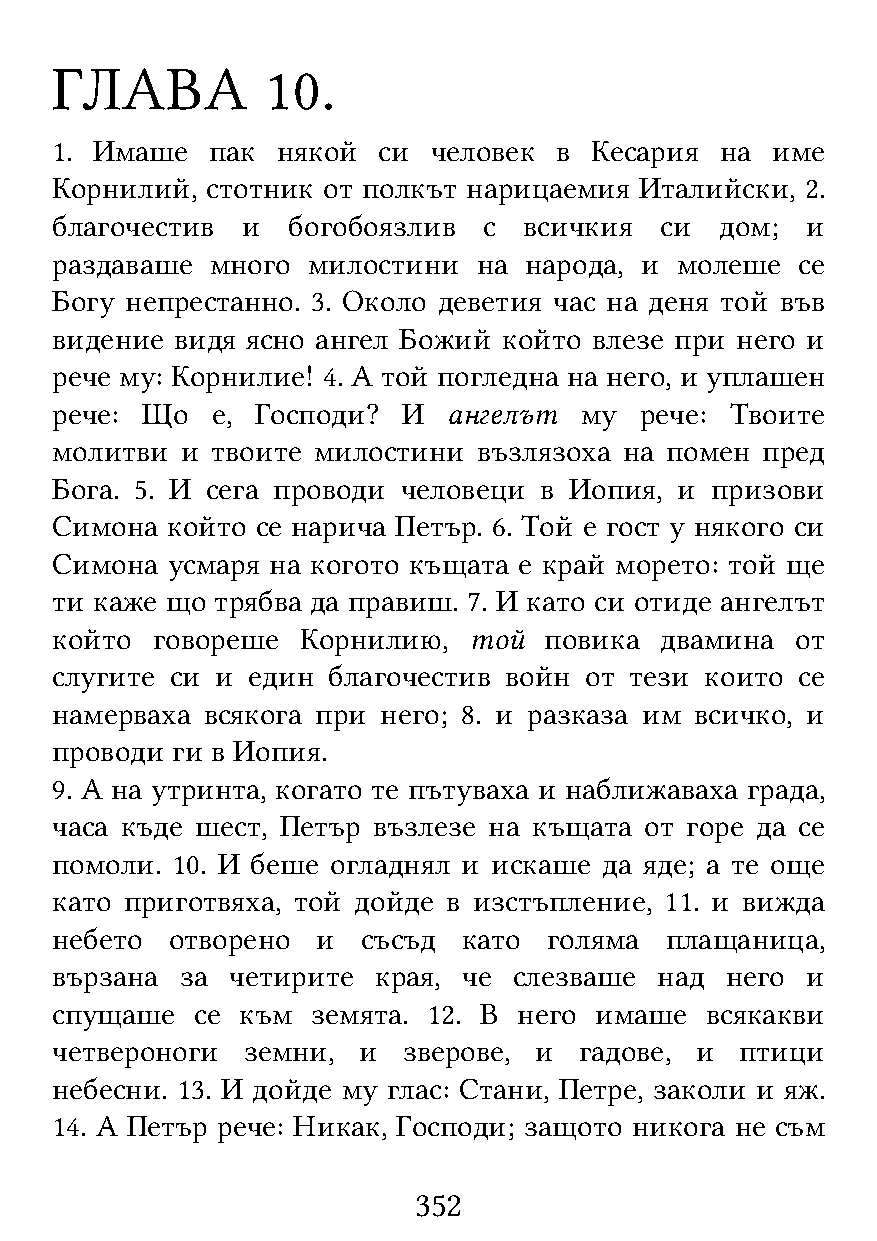
ГЛАВА          10.
 1. Имаше   пак някой  си  человек в Кесария  на име
 Корнилий,  стотник от полкът нарицаемия Италийски, 2.
 благочестив  и  богобоязлив  с  всичкия  си  дом; и
 раздаваше  много милостини   на народа, и молеше  се
 Богу непрестанно. 3. Около деветия час на деня той във
 видение  видя ясно ангел Божий който влезе при него и
 рече му: Корнилие! 4. А той погледна на него, и уплашен
 рече: Що   е, Господи?  И  ангелът му  рече: Твоите
 молитви  и твоите милостини  възлязоха на помен пред
 Бога. 5. И сега проводи человеци в Иопия, и призови
 Симона  който се нарича Петър. 6. Той е гост у някого си
 Симона  усмаря на когото къщата е край морето: той ще
 ти каже що трябва да правиш. 7. И като си отиде ангелът
 който  говореше  Корнилию,  той  повика  двамина  от
 слугите си и един  благочестив войн от тези които се
 намерваха всякога при него; 8. и разказа им всичко, и
 проводи ги в Иопия.
 9. А на утринта, когато те пътуваха и наближаваха града,
 часа къде шест, Петър възлезе на къщата от горе да се
 помоли. 10. И беше огладнял и искаше да яде; а те още
 като приготвяха, той дойде в изстъпление, 11. и вижда
 небето  отворено  и  съсъд  като голяма  плащаница,
 вързана  за четирите  края, че слезваше  над него и
 спущаше   се към  земята. 12. В него имаше  всякакви
 четвероноги  земни,  и  зверове, и гадове, и  птици
 небесни. 13. И дойде му глас: Стани, Петре, заколи и яж.
 14. А Петър рече: Никак, Господи; защото никога не съм
 352